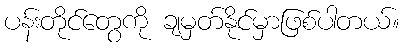
ပန်းတိုင်တွေကို ချမှတ်နိုင်မှာဖြစ်ပါတယ်။